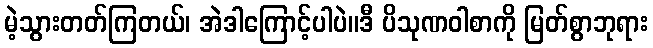
မဲ့သွားတတ်ကြတယ်၊ အဲဒါကြောင့်ပါပဲ။ဒီ ပိသုဏဝါစာကို မြတ်စွာဘုရား